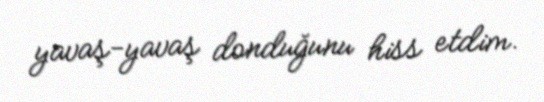
yavaş-yavaş donduğunu hiss etdim.